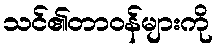
သင်၏တာဝန်များကို